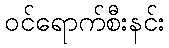
ဝင်ရောက်စီးနင်း